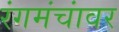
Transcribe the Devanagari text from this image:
रंगमंचांवर